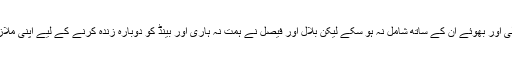
بد قسمتی سے علی اور بھوئے ان کے ساتھ شامل نہ ہو سکے لیکن بلال اور فیصل نے ہمت نہ ہاری اور بینڈ کو دوبارہ زندہ کرنے کے لیے اپنی ملازمتیں چھوڑ دیں۔